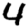
Digit: 4